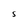
Character: s